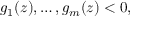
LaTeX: g _ { 1 } ( z ) , \ldots , g _ { m } ( z ) < 0 ,